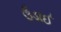
ઉડાઈ